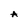
Character: A